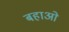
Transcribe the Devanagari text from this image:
बहाओ